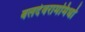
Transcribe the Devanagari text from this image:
बलदेवराममिर्धा